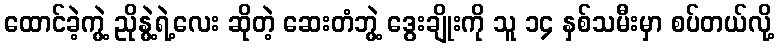
ထောင်ခဲ့ကွဲ့ ညိုနွဲ့ရဲ့လေး ဆိုတဲ့ ဆေးတံဘွဲ့ ဒွေးချိုးကို သူ ၁၄ နှစ်သမီးမှာ စပ်တယ်လို့